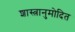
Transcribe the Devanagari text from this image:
शास्त्रानुमोदित